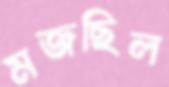
মজছিল